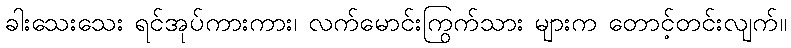
ခါးသေးသေး ရင်အုပ်ကားကား၊ လက်မောင်းကြွက်သား များက တောင့်တင်းလျက်။